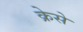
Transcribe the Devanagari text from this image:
क्रेसे